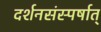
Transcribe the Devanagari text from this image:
दर्शनसंस्पर्षात्